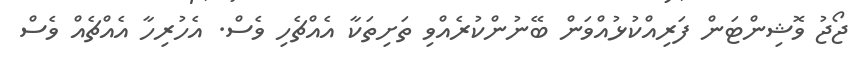
ޖޯޖު ވޮޝިންޓަން ފަރިއްކުޅުއްވަން ބޭނުންކުރެއްވި ތަށިތަކާ އެއްޗެހި ވެސް. އެހުރިހާ އެއްޗެއް ވެސް